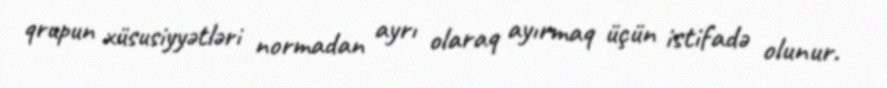
qrupun xüsusiyyətləri normadan ayrı olaraq ayırmaq üçün istifadə olunur.